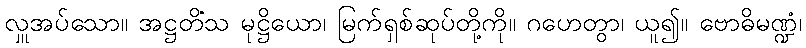
လှူအပ်သော။ အဋ္ဌတိံသ မုဋ္ဌိယော၊ မြက်ရှစ်ဆုပ်တို့ကို။ ဂဟေတွာ၊ ယူ၍။ ဗောဓိမဏ္ဍံ၊